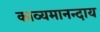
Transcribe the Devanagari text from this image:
काव्यमानन्दाय